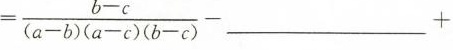
= \frac { b - c } { ( a - b ) ( a - c ) ( b - c ) }-___+